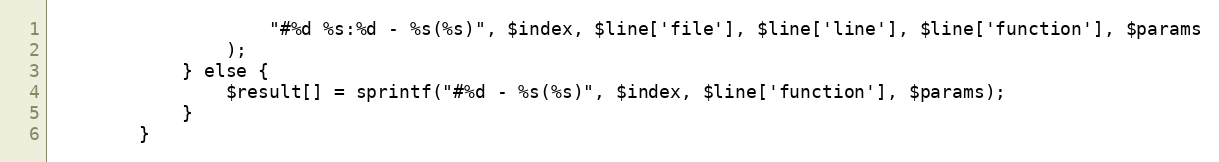
Language: PHP
                    "#%d %s:%d - %s(%s)", $index, $line['file'], $line['line'], $line['function'], $params
                );
            } else {
                $result[] = sprintf("#%d - %s(%s)", $index, $line['function'], $params);
            }
        }